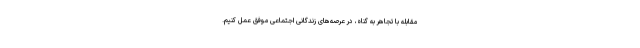
مقابله با تجاهر به گناه، در عرصه‌های زندگانی اجتماعی موفق عمل کنیم.